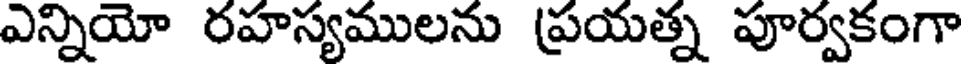
ఎన్నియో రహస్యములను ప్రయత్న పూర్వకంగా